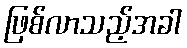
ဖြစ်လာသည့်အခါ